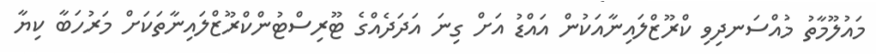
މައުލޫމާތު މުއްސަނދިވި ކްރޫޒްލައިނާއަކުން އައްޑު އަށް ގިނަ އަދަދެއްގެ ޓޫރިސްޓުންކްރޫޒްލައިނާތަކަށް މަރުހަބާ ކިޔާ